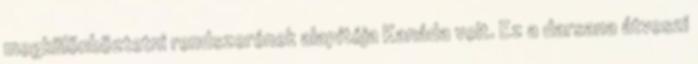
megkülönböztetni rendszerének alapítója Kanáda volt. Ez a darsana átveszi